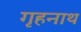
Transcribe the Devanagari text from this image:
गृहनाथ